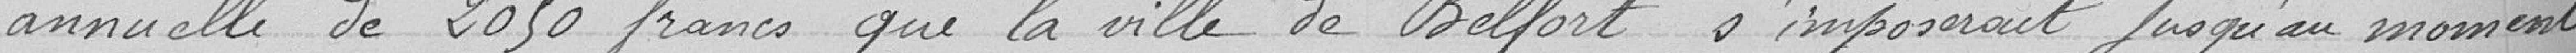
annuelle de 2050 francs que la ville de Belfort s'imposerait jusqu'au moment